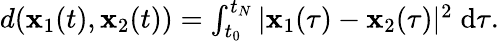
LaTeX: \begin{array}{r}{d({\mathbf x}_{1}(t),{\mathbf x}_{2}(t))=\int_{t_{0}}^{t_{N}}|{\mathbf x}_{1}(\tau)-{\mathbf x}_{2}(\tau)|^{2}\; \mathrm{d}\tau.}\end{array}